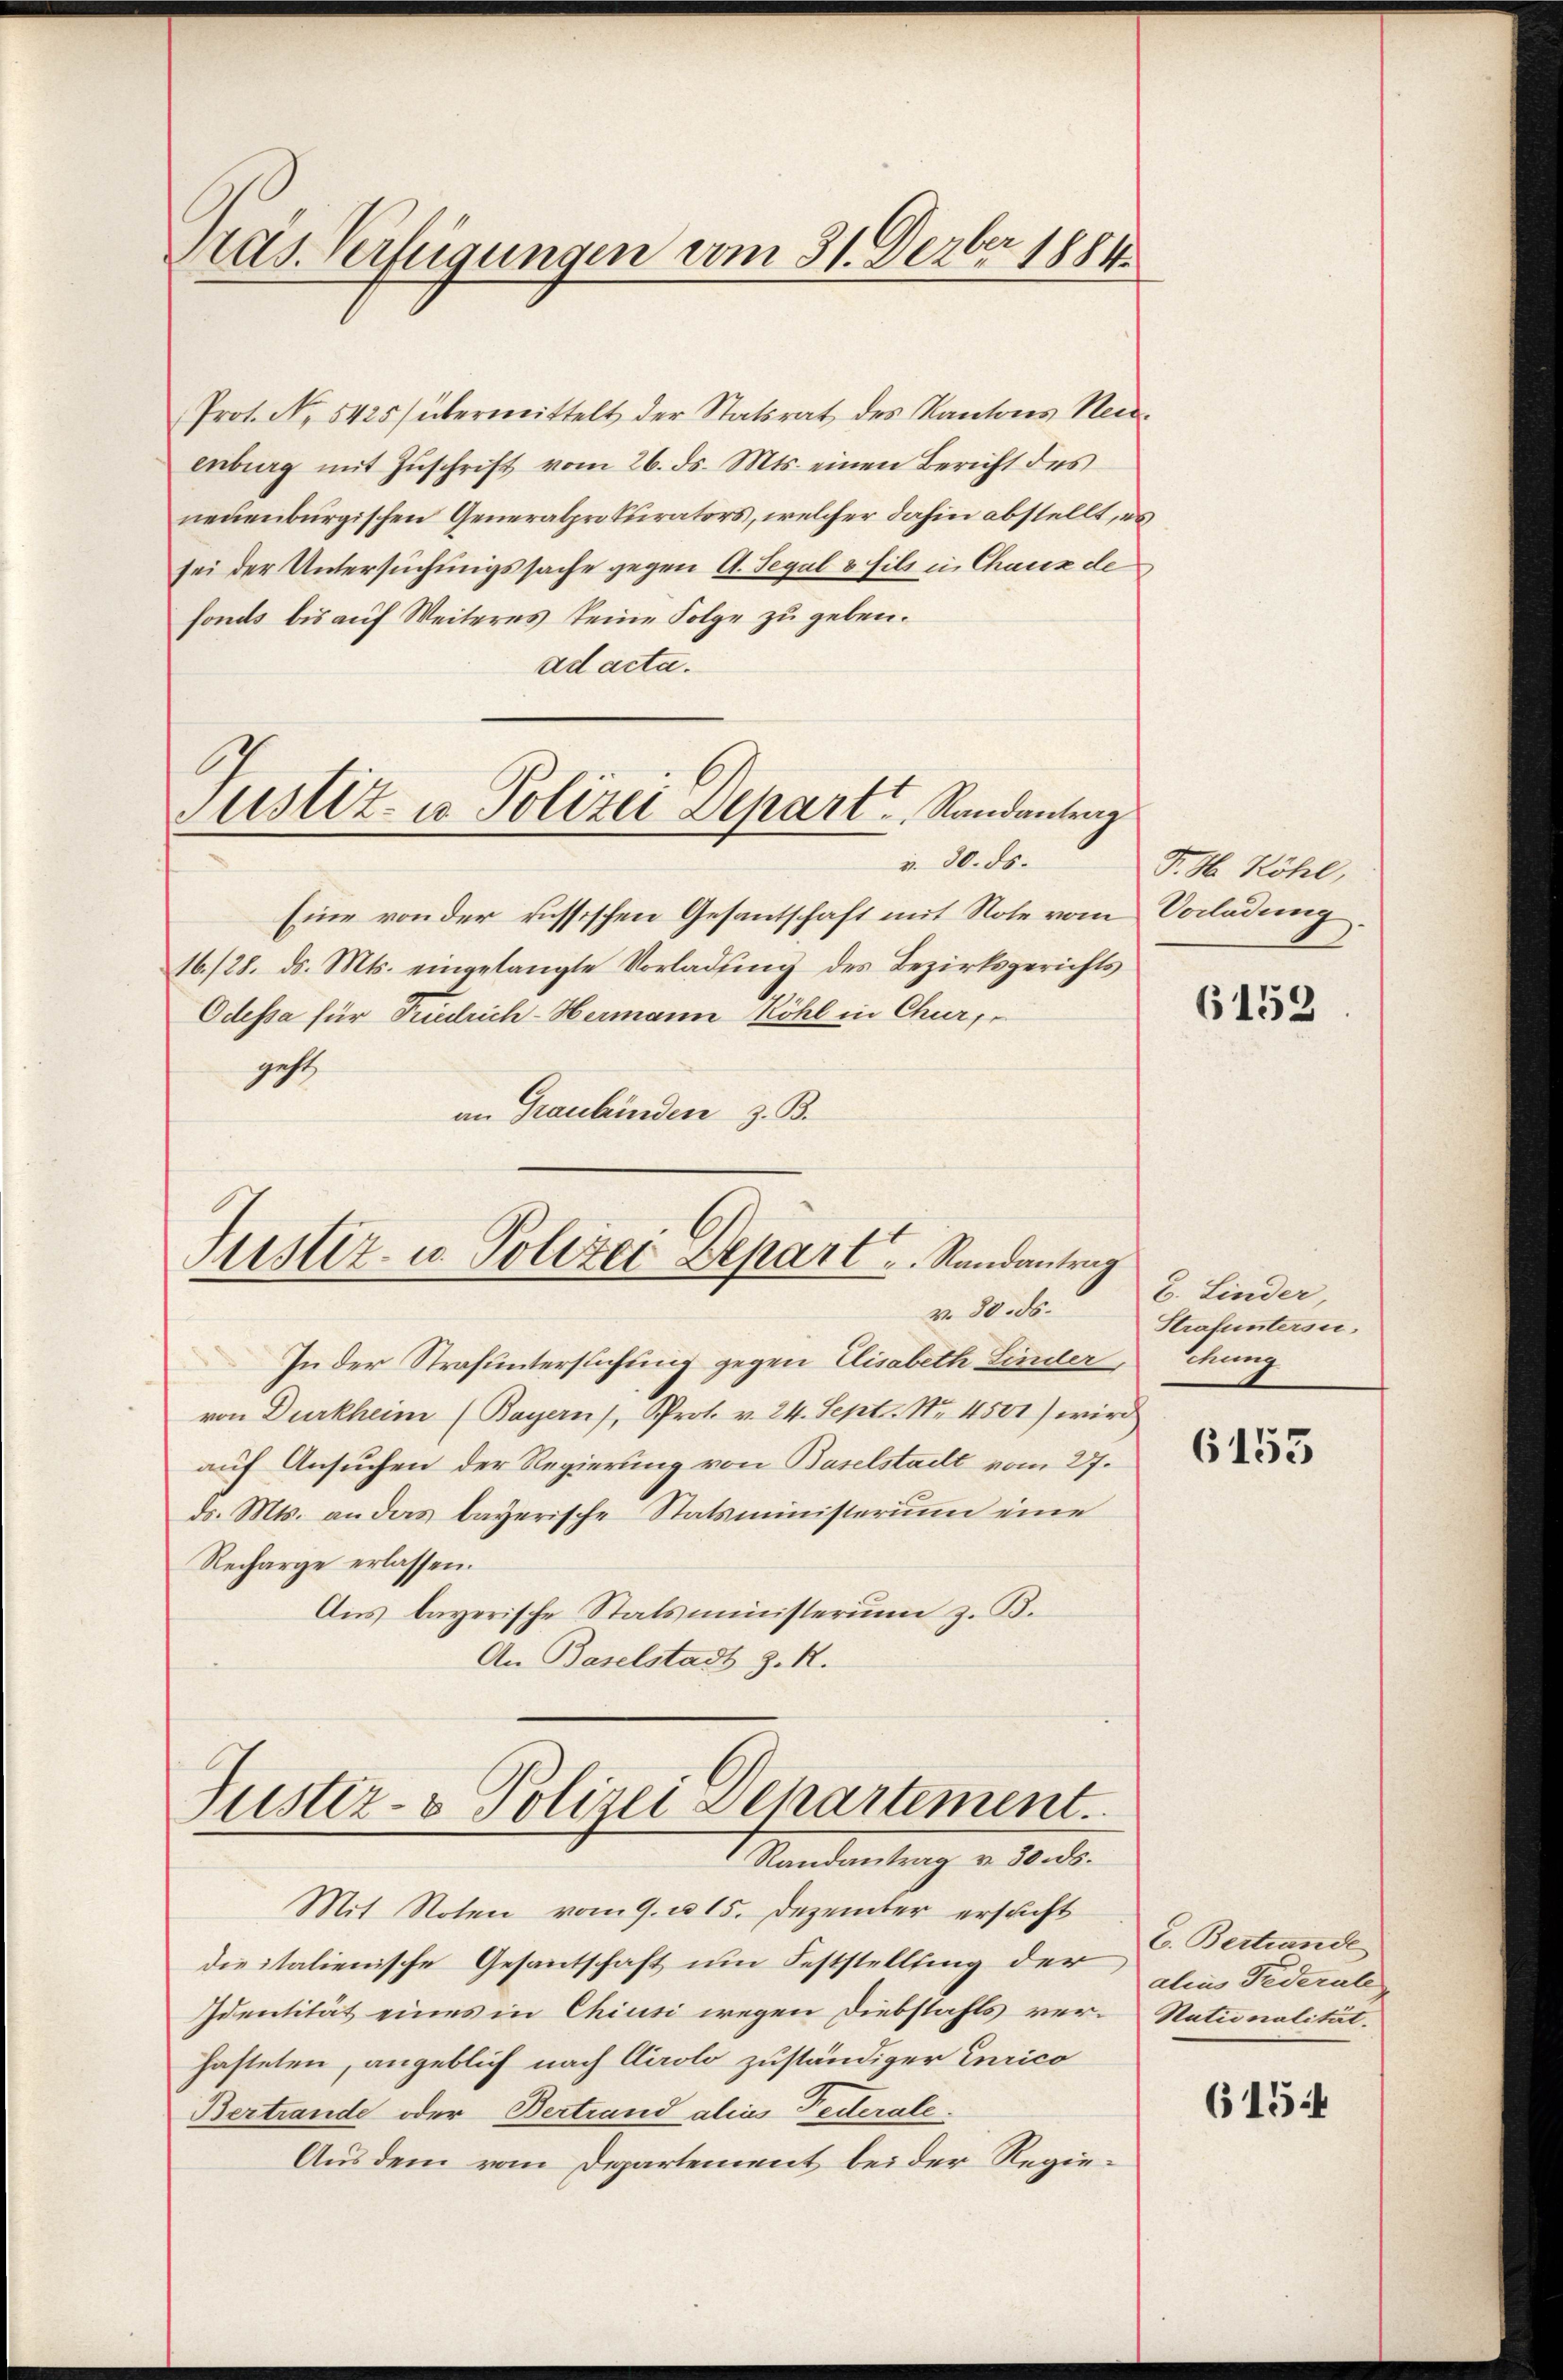
Präs. Verfügungen vom 31. Derber 1884

Prot. No. 5425/ übermittelt der Statsrat des Kantons Neuenberg mit Zŭschrift vom 26. ds. Mts. einen Bericht des
neuenburgischen Generalprokurators, welcher dahin abstellt, es
sei der Untersuchungssache gegen A. Segal & fils in Chaux de
fonds bis auf Weiteres keine Folge zu geben.
ad acta.
Justiz- u Polizei Depart Randanteng
v. 30. ds.
Eine von der russischen Gesantschaft mit Note vom Vorladung.
16./28. ds. Mts. eingelangte Vorladung des Bezirksgerichts
Odessa für Friedrich-Hermann Röhl in Chur,
gest
an Graubünden z. B.

Justiz- u. Polizei Depart u. Randantrag
v. 30. ds.

In der Strafuntersuchung gegen Elisabeth Linder, Thung
von Dürkheim (Bayern, Prot. v. 24. Sept. Nr. 4501) wird
auf Ansuchen der Regierung von Baselstadt vom 27.
ds. Mts. an das bayerische Statsministerium eine
Recharge erlassen.
Ans bayerische Statsministerŭm z. B.
An Baselstadt z. R.

Justiz- & Polizei Departement.
Mandantung v. 20. d.

Mit Noten vom 9. u. 15. Dezember ersucht
die italienische Gesantschaft um Feststellung der die Federale
Identität eines in Chiusi wegen Diebstahls verhasteten, angeblich nach Airolo zuständiger Curico
Bertrande oder Vertrand alias Tederale.
Aus dem vom Departement bei der Regie¬

F. H. Röhl,

6153

b. Linder
Strafuntersu¬

6153

E. Bertrande
Nationalität.

6154